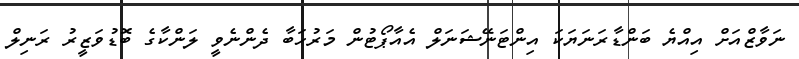
ނަވާޒްއަށް އިއްޔެ ބަންޑާރަނަޔަކަ އިންޓަނޭޝަނަލް އެއާޕޯޓުން މަރުހަބާ ދެންނެވީ ލަންކާގެ ބޮޑުވަޒީރު ރަނިލް